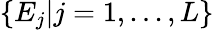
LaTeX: \{ E_{j}|j=1,...,L\}